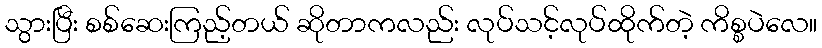
သွားပြီး စစ်ဆေးကြည့်တယ် ဆိုတာကလည်း လုပ်သင့်လုပ်ထိုက်တဲ့ ကိစ္စပဲလေ။